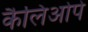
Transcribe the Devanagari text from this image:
कैलिओपे